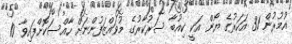
އުމުރުން 31 އަހަރުގެ ޔޯން އަކީ ކިއުބާ ސަރުކާރުގެ މުވައްޒަފުންނަށް ހާއްސަކޮށްފައިވާ 10